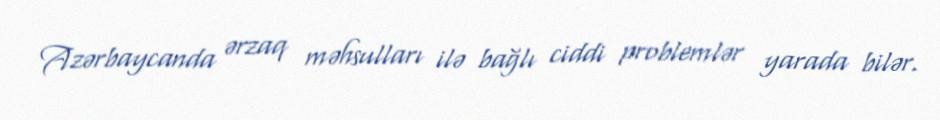
Azərbaycanda ərzaq məhsulları ilə bağlı ciddi problemlər yarada bilər.